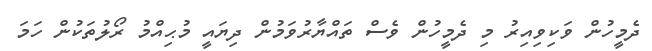
ދެމީހުން ވަކިވިއިރު މި ދެމީހުން ވެސް ތައްޔާރުވަމުން ދިޔައީ މުޙިއްމު ރޯލުތަކުން ހަމަ